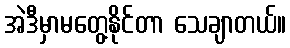
အဲဒီမှာမတွေ့နိုင်တာ သေချာတယ်။